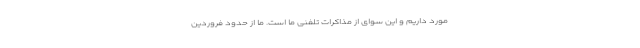
مورد داریم و این سوای از مذاکرات تلفنی ما است. ما از حدود فروردین